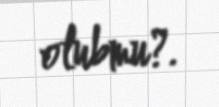
olubmu?.